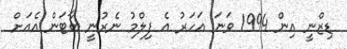
ޑިޒްނީ އިން 1994 ވަނަ އަހަރު އެ ފިލްމު ނެރުނީ ބާޓަން އެއަށް